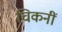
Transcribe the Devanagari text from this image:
चिकनीं